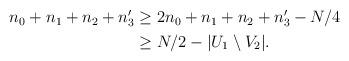
LaTeX: \begin{align*}\begin{aligned}n_0+n_1+n_2+n'_3 &\ge 2n_0+n_1+n_2+n'_3-N/4\\ & \ge N/2-|U_1\setminus V_2|.\end{aligned}\end{align*}